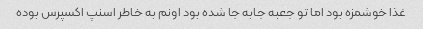
غذا خوشمزه بود اما تو جعبه جابه جا شده بود اونم به خاطر اسنپ اکسپرس بوده